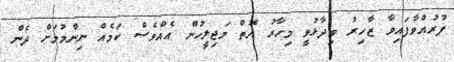
ފުރުއްވާފައިވާ ޒާހިރު ވިދާޅުވީ މިހާރު އޮތް މަޖިލީހުން އެއްވެސް ކަމެއް ނިންމުމަށް ދެން